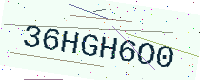
Text: 36HGH6O0